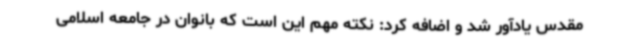
مقدس یادآور شد و اضافه کرد: نکته مهم این است که بانوان در جامعه اسلامی